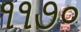
૧૧૭૦